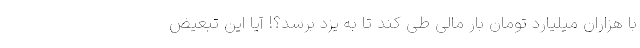
با هزاران میلیارد تومان بار مالی طی کند تا به یزد برسد؟! آیا این تبعیض